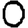
Digit: 0